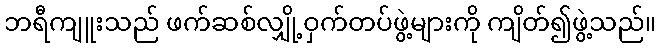
ဘရီကျူးသည် ဖက်ဆစ်လျှို့ဝှက်တပ်ဖွဲ့များကို ကျိတ်၍ဖွဲ့သည်။